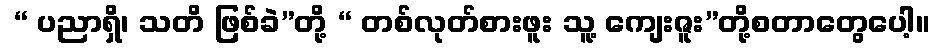
 “ ပညာရှိ၊ သတိ ဖြစ်ခဲ”တို့ “ တစ်လုတ်စားဖူး သူ့ ကျေးဇူး”တို့စတာတွေပေါ့။